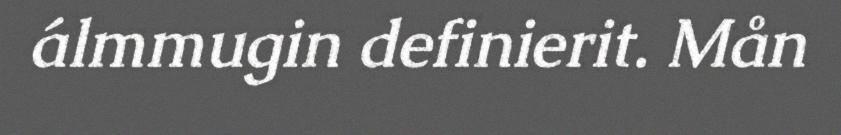
álmmugin definierit. Mån